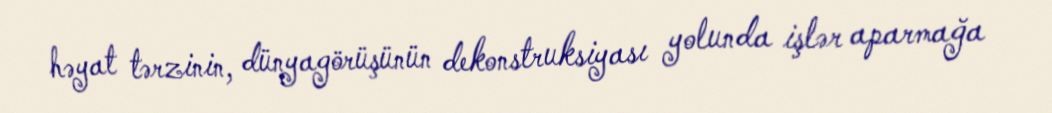
həyat tərzinin, dünyagörüşünün dekonstruksiyası yolunda işlər aparmağa